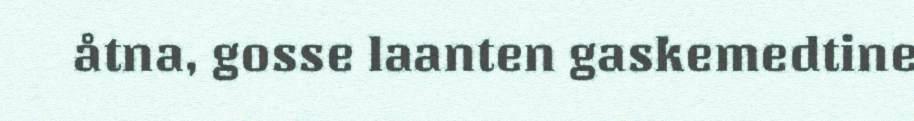
åtna, gosse laanten gaskemedtine